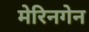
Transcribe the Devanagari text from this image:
मेरिनगेन